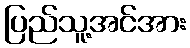
ပြည်သူ့အင်အား